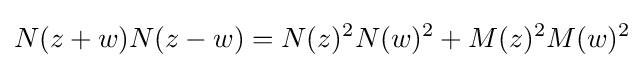
N(z+w)N(z-w)=N(z)^{2}N(w)^{2}+M(z)^{2}M(w)^{2}